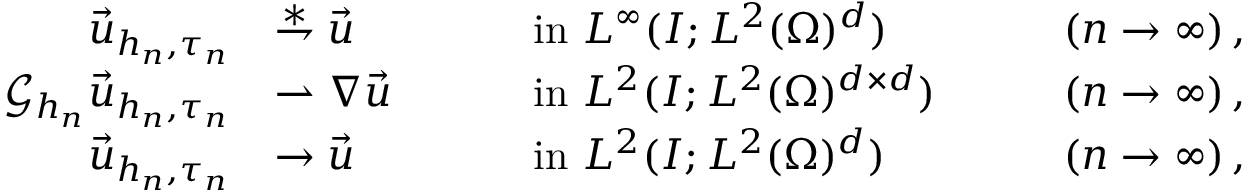
\begin{array} { r } { \begin{array} { r l r l r l } { \vec { u } _ { h _ { n } , \tau _ { n } } } & { \overset { \ast } { \rightharpoondown } \vec { u } } & & { \quad \mathrm { ~ i n ~ } L ^ { \infty } ( I ; L ^ { 2 } ( \Omega ) ^ { d } ) } & & { \quad ( n \to \infty ) \, , } \\ { \mathcal { G } _ { h _ { n } } \vec { u } _ { h _ { n } , \tau _ { n } } } & { \rightharpoonup \nabla \vec { u } } & & { \quad \mathrm { ~ i n ~ } L ^ { 2 } ( I ; L ^ { 2 } ( \Omega ) ^ { d \times d } ) } & & { \quad ( n \to \infty ) \, , } \\ { \vec { u } _ { h _ { n } , \tau _ { n } } } & { \to \vec { u } } & & { \quad \mathrm { ~ i n ~ } L ^ { 2 } ( I ; L ^ { 2 } ( \Omega ) ^ { d } ) } & & { \quad ( n \to \infty ) \, , } \end{array} } \end{array}